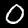
Label: 0